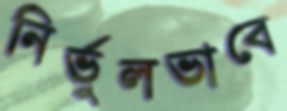
নির্ভুলভাবে